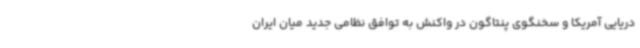
دریایی آمریکا و سخنگوی پنتاگون در واکنش به توافق نظامی جدید میان ایران